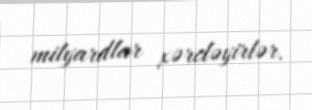
milyardlar xərcləyirlər.